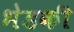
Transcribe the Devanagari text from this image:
भेडकी